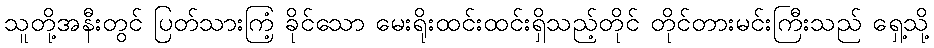
သူတို့အနီးတွင် ပြတ်သားကြံ့ ခိုင်သော မေးရိုးထင်းထင်းရှိသည့်တိုင် တိုင်တားမင်းကြီးသည် ရှေ့သို့